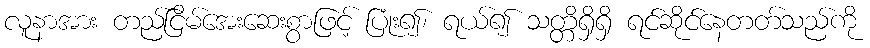
လူနာအား တည်ငြိမ်အေးဆေးစွာဖြင့် ပြုံး၍၊ ရယ်၍ သတ္တိရှိရှိ ရင်ဆိုင်နေတတ်သည်ကို